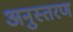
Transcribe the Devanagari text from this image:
अनुस्तरण